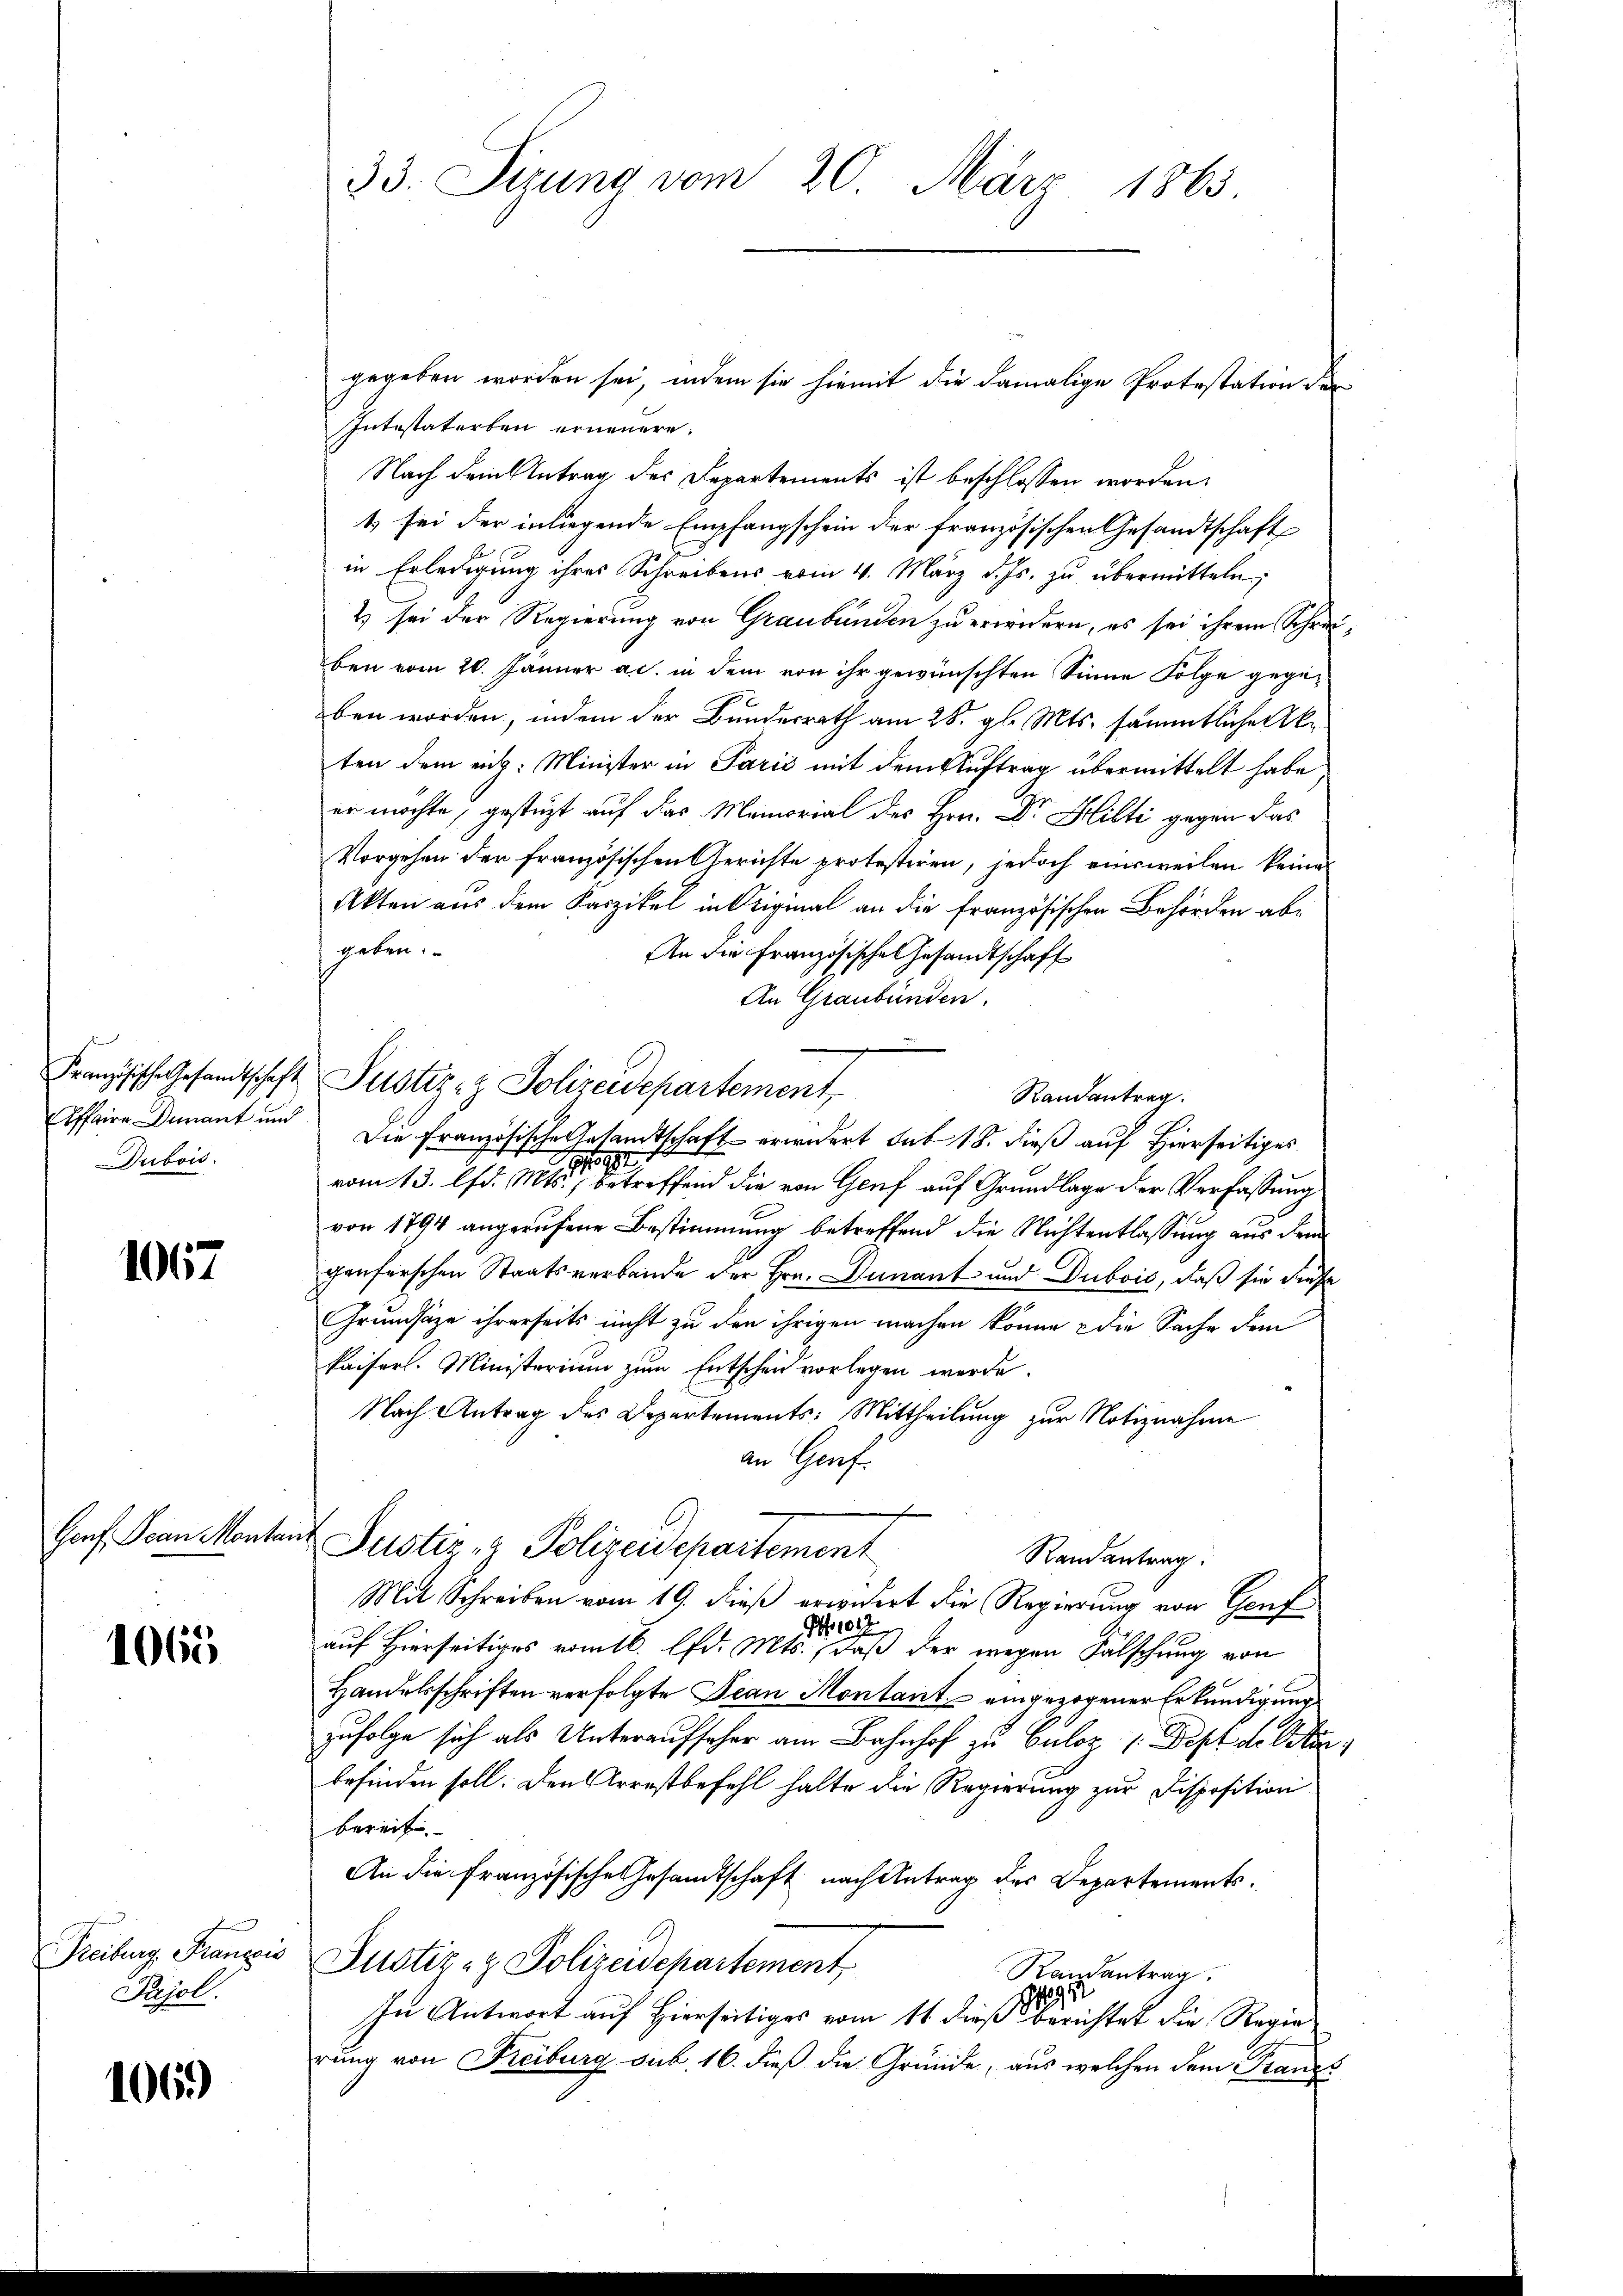
Französische Gesandtschaft
Affaire Dumant und
Dubois.

1067

Gonf. Jean Menter

1065

Freiburg, Franzis
Pajol.

1069)

33. Sizung vom 20. März 1863.

gegeben worden sei, indem sie hiemit die damalige Protestation der
Intestaterben erneuere.
Nach dem Antrag des Departements ist beschlossen worden,
1 sei der in liegende Empfangschein der französischen Gesandtschaft
in Erledigung ihres Schreibens vom 4. März d. Js. zu übermitteln;
2) sei der Regierung von Graubünden zu erwidern, es sei ihrem Schreiben vom 20. Jänner a.c. in dem von ihr gewünschten Sinne Folge gegeben worden, indem der Bundesrath am 28. gl. Mts. sämmtliche Akten dem rich: Minister in Parić mit dem Auftrag übermittelt habe
er möchte, gestüzt auf das Memorial des Hrn. Dr. Hilti gegen das
Vorgehen der französischen Gerichte protestiren, jedoch einsweilen keine
Akten aus dem Kaszikel in Original an die französischen Behörden abe
geben.
An die Französische Gesandtschaft
An Graubünden.
Justiz- & Polizeidepartement
Randantrag.
Die französische Gesandtschaft erwidert sub 18. dieß auf Hierseitiges
vom 13. lfd. Mts. betreffend die von Genf auf Grundlage der Verfassung
von 1794 angerufene Bestimmung betreffend die Nichtentlassung aus dem
genferschen Staatsverbände der Hrn. Danant und Duboić, daß sie das
Grundsätze ihrerseits nicht zu den ihrigen machen könne die Sache dem
kaiserl. Ministerium zum Entscheid vorlegen werde.
Nach Antrag des Departements: Mittheilung zur Notiznahme
an Genf.
Justiz- & Polizeidepartement
Randantrag.
Mit Schreiben vom 19. dieß erwidert die Regierung von Conf
N
auf Hierseitiges vom 16. lfd. Mts., daß der wegen Fälschung von
Handelsschriften verfolgte Jean Montant, eingezogener Erkundigung
zufolge sich als Unteraufseher am Bahnhof zu Culoz (Dept der Akabefinden soll. Den Arrestbefehl halte die Regierung zur Disposition
bereit. |
An die französische Gesandtschaft nach Antrag des Departements¬
Justiz- & Polizeidepartement
Randantrag
1495
In Antwort auf Hierseitiges vom 11 dieß berichtet die Regie
rung von Freiburg sub. 16. dieß die Gründe, aus welchen dem Franzs